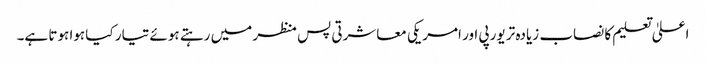
اعلیٰ تعلیم کا نصاب زیادہ تر یورپی اور امریکی معاشرتی پس منظر میں رہتے ہوئے تیار کیا ہوا ہوتا ہے۔